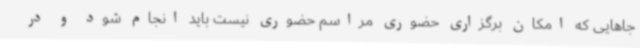
جاهایی که امکان برگزاری حضوری مراسم حضوری نیست باید انجام شود و در